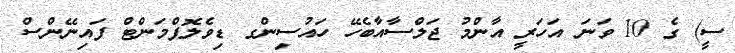
ސީ) ގެ 10 ވަނަ އަހަރީ އާންމު ޖަލްސާއާބެހޭ ހައުސިންގ ޑިވެލޮޕްމަންޓް ފައިނޭންސް